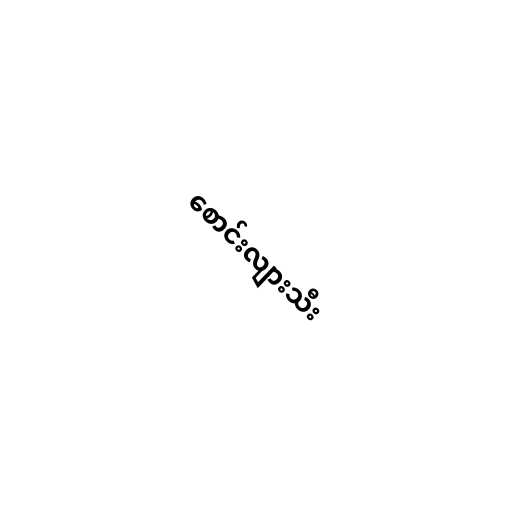
စောင်းလျားသီး